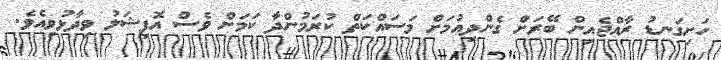
ހަށިގަނޑު ރާއްޖެއިން ބޭރަށް ގެންދިއުމަށް މަސައްކަތް ކުރަމުންދާ ކަމަށް ވެސް އޮފިޝަލު ވިދާޅުވިއެވެ.